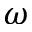
\omega